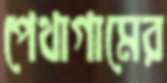
পেথাগামের